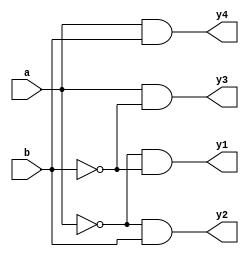
`timescale 1ns / 1ps
//////////////////////////////////////////////////////////////////////////////////
// Company: 
// Engineer: 
// 
// Design Name: 
// Module Name:    d2 
// Project Name: 
// Target Devices: 
// Tool versions: 
// Description: 
//
// Dependencies: 
//
// Revision: 
// Revision 0.01 - File Created
// Additional Comments: 
//
//////////////////////////////////////////////////////////////////////////////////
module d2(a,b,y1,y2,y3,y4);
input a,b;
output y1,y2,y3,y4;
assign y1=~a&~b;
assign y2=~a&b;
assign y3=a&~b;
assign y4=a&b;
endmodule
/*
structural style of code
module decorder2(a,b,y1,y2,y3,y4);
input a,b;
output y1,y2,y3,y4;
not n1(w1,a);
not n2(w2,b);
and a1(y1,w1,w2);
and a2(y3,a,w2);
and a3(y4,a,b);
endmodule
*/
/*
behavioural style of coding
module decoder2(a,b,en,dout);
input a,b,en;
output[3:0]dout;
always@(a,b,en)
begin
if(en==0)
dout=4'bzzzz;
else
case({a,b})
2'b00:dout=4'b0001;
2'b01:dout=4'b0010;
2'b10:dout=4'b0100;
2'b11:dout=4'b1000;
endcase
end
endmodule
*/